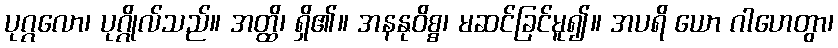
ပုဂ္ဂလော၊ ပုဂ္ဂိုလ်သည်။ အတ္ထိ၊ ရှိ၏။ အနနုဝိစ္စ၊ မဆင်ခြင်မူ၍။ အပရိ ယော ဂါဟေတွာ၊